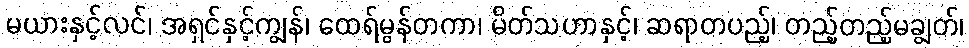
မယားနှင့်လင်၊ အရှင်နှင့်ကျွန်၊ ထေရ်မွန်တကာ၊ မိတ်သဟာနှင့်၊ ဆရာတပည့်၊ တည့်တည့်မချွတ်၊